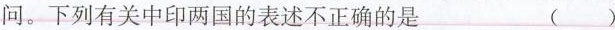
问。下列有关中印两国的表述不正确的是 ()